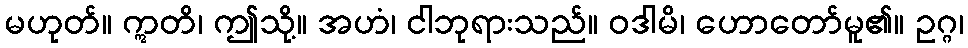
မဟုတ်။ ဣတိ၊ ဤသို့။ အဟံ၊ ငါဘုရားသည်။ ဝဒါမိ၊ ဟောတော်မူ၏။ ဥဂ္ဂ၊